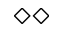
\diamond \diamond